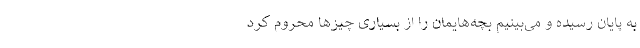
به پایان رسیده و می‌بینیم بچه‌هایمان را از بسیاری چیزها محروم کرد